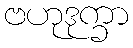
ဗဟုဒုက္ခာ